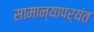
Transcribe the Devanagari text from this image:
सामान्यापर्यंत